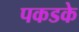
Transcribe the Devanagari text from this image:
पकडके